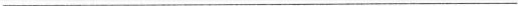
___